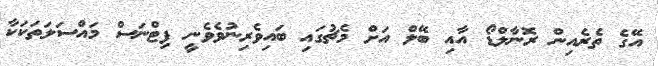
އޭގެ ތެރެއިން ރޮނާލްޑޯ އާއި ބޭލް އަށް މެޗުގައި ބައިވެރިނުވެވެނީ ފިޓްނަސް މައްސަލަތަކަކާ